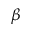
\beta